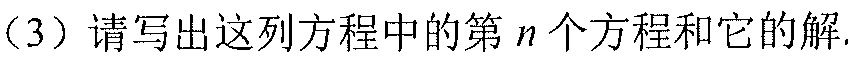
(3) 请写出这列方程中的第\(n\)个方程和它的解.